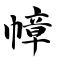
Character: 幛